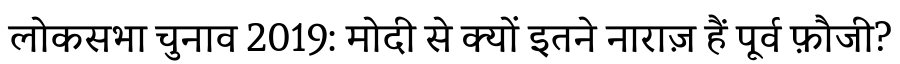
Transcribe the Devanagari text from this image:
लोकसभा चुनाव 2019: मोदी से क्यों इतने नाराज़ हैं पूर्व फ़ौजी?